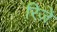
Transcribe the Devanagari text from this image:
रिज़े